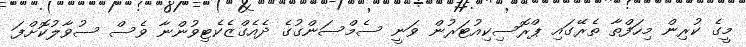
މީގެ ކުރިން މިހަފްތާ ތެރޭގައި ޕްރޮސިކިއުޓަރުން ވަނީ ސެމްސަންގުގެ ދެއެގްޒެކެޓިވުންނާ ވެސް ސުވާލުކޮށްފަ